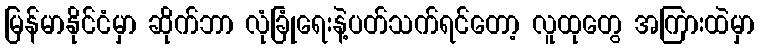
မြန်မာနိုင်ငံမှာ ဆိုက်ဘာ လုံခြုံရေးနဲ့ပတ်သက်ရင်တော့ လူထုတွေ အကြားထဲမှာ